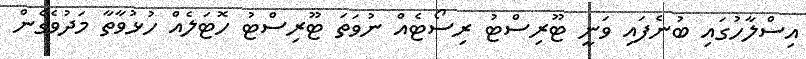
އިސްލާހުގައި ބުނެފައި ވަނީ ޓޫރިސްޓު ރިސޯޓެއް ނުވަތަ ޓޫރިސްޓު ހޮޓަލެއް ހުޅުވާތާ މަދުވެގެން